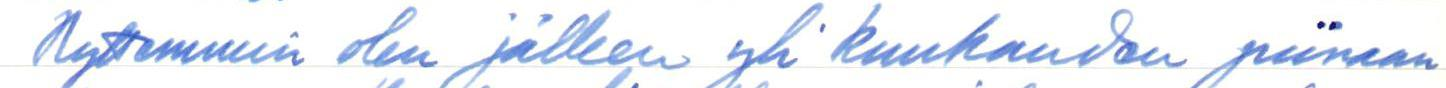
Nyttemmin olen jälleen yli kuukauden piinaan